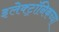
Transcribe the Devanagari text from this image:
इलेक्ट्रॉनिकच्या